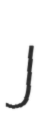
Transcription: J